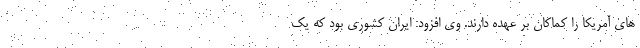
های آمریکا را کماکان بر عهده دارند. وی افزود: ایران کشوری بود که یک